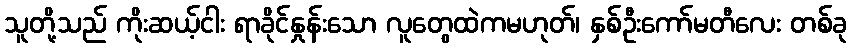
သူတို့သည် ကိုးဆယ့်ငါး ရာခိုင်နှုန်းသော လူတွေထဲကမဟုတ်၊ နှစ်ဦးကော်မတီလေး တစ်ခု